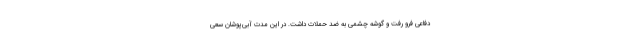
دفاعی فرو رفت و گوشه چشمی به ضد حملات داشت. در این مدت آبی‌پوشان سعی